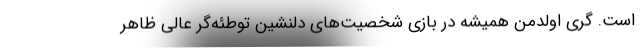
است. گری اولدمن همیشه در بازی شخصیت‌های دلنشین توطئه‌گر عالی ظاهر